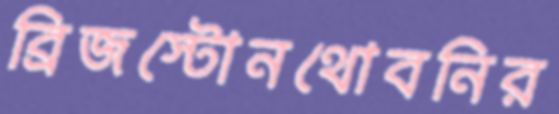
ব্রিজস্টোনথোবনির